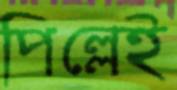
পিল্লেই